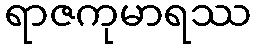
ရာဇကုမာရဿ